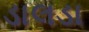
ડાલડા